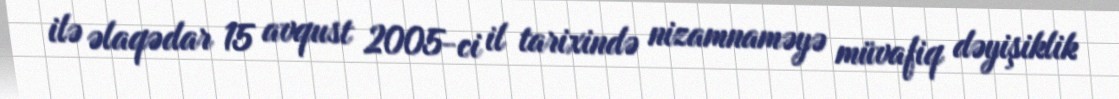
ilə əlaqədar 15 avqust 2005-ci il tarixində nizamnaməyə müvafiq dəyişiklik